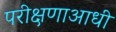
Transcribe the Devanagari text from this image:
परीक्षणाआधी